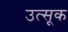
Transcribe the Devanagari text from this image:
उत्सूक